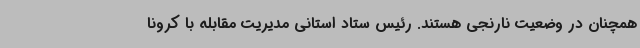
همچنان در وضعیت نارنجی هستند.‌ رئیس ستاد استانی مدیریت مقابله با کرونا